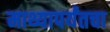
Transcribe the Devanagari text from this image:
माथ्यापर्यंतचा